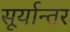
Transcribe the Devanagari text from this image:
सूर्यान्तर